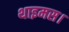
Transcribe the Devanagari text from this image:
थाइमस।